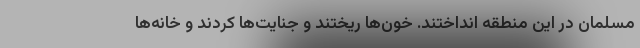
مسلمان در این منطقه انداختند. خون‌ها ریختند و جنایت‌ها کردند و خانه‌ها